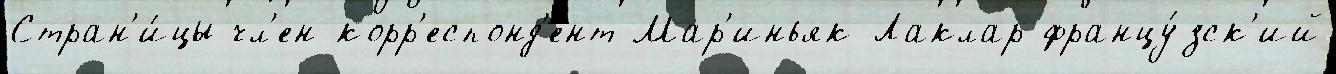
Стран'и́цы чл'ен-корр'еспонд'е́нт Мар'иньяк-Лаклар францу́зск'ий